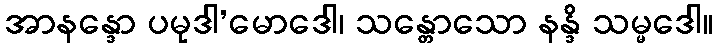
အာနန္ဒော ပမုဒါ’မောဒေါ၊ သန္တောသော နန္ဒိ သမ္မဒေါ။